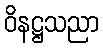
ဝိနဋ္ဌသညာ